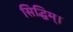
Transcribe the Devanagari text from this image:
सिद्धिम्।